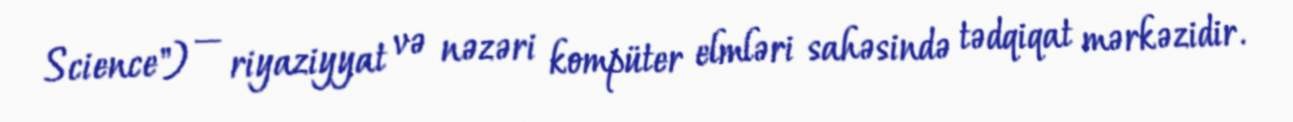
Science") — riyaziyyat və nəzəri kompüter elmləri sahəsində tədqiqat mərkəzidir.